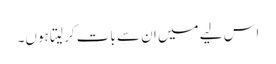
اس لیے میں ان سے بات کر لیتا ہوں۔